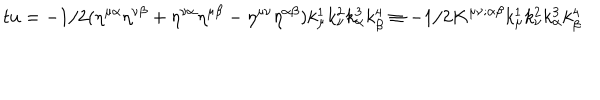
t u = - 1 / 2 ( \eta ^ { \mu \alpha } \eta ^ { \nu \beta } + \eta ^ { \nu \alpha } \eta ^ { \mu \beta } - \eta ^ { \mu \nu } \eta ^ { \alpha \beta } ) k _ { \mu } ^ { 1 } k _ { \nu } ^ { 2 } k _ { \alpha } ^ { 3 } k _ { \beta } ^ { 4 } \equiv - 1 / 2 K ^ { \mu \nu ; \alpha \beta } k _ { \mu } ^ { 1 } k _ { \nu } ^ { 2 } k _ { \alpha } ^ { 3 } k _ { \beta } ^ { 4 }